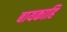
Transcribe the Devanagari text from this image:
बायकाहि